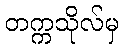
တက္ကသိုလ်မှ